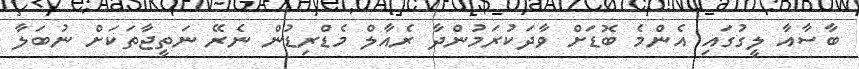
ބާސާއާ ލީގުގައި އެންމެ ބޮޑަށް ވާދަކުރަމުންދާ ރެއާލް މެޑްރިޑުން ނެރޭ ނަތީޖާތަކަށް ނުބަލާ